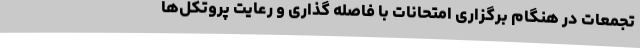
تجمعات در هنگام برگزاری امتحانات با فاصله گذاری و رعایت پروتکل‌ها